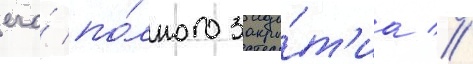
его́ по́лного закры́т'иа //